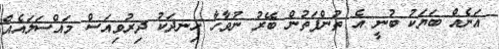
އަނެއް ބަޔަކު ބުނީ އެ ތުންފަތުން ބޭރު ނުވާހާ ހިނދަކު ދިރުވިއަސް މައްސަލައެއް